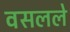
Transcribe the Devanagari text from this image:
वसलले